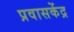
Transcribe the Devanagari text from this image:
प्रवासकेंद्र